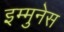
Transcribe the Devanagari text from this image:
इम्मुनेस